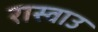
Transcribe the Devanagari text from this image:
रास्वाउ